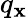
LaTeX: q_{\mathbf{x}}